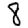
Digit: 8